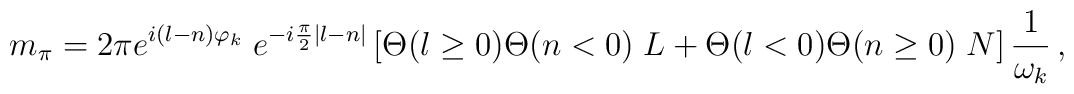
m_{\pi} = 2\pi e^{i(l-n)\varphi_k}\;e^{-i{\pi\over 2}|l-n|}\left[\Theta(l\geq 0) \Theta(n<0)\;L + \Theta(l<0)\Theta(n\geq 0)\;N \right]{1\over\omega_k}\,,